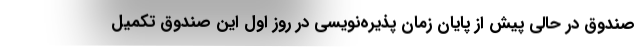
صندوق در حالی پیش از پایان زمان پذیره‌نویسی در روز اول این صندوق تکمیل